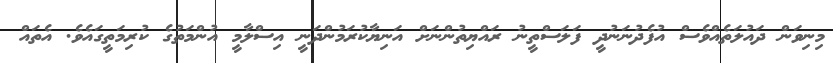
މިނިވަން ދައުލަތެއްވެސް އުފެދުނަނުދީ ފަލަސްތީނު ރައްޔިތުންނަށް އަނިޔާކުރަމުންދަނީ އިސްލާމީ އުންމަތުގެ ކުރިމަތީގައެވެ. އެތައް